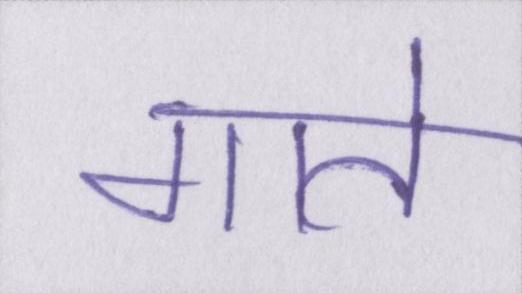
गाते